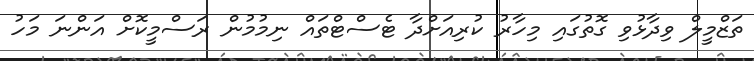
ތަޒްމީލް ވިދާޅުވި ގޮތުގައި މިހާރު ކުރިއަށްދާ ޓެސްޓްތައް ނިމުމުން ރަސްމީކޮށް އަންނަ މަހު